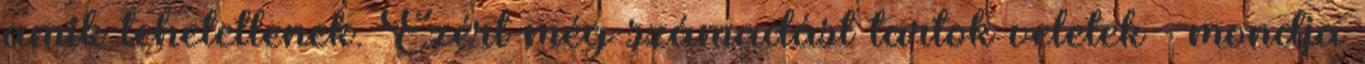
amik tehetetlenek. Ezért még számadást tartok veletek – mondja